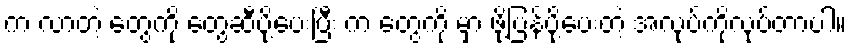
က လာတဲ့ တွေကို တွေဆီပို့ပေးပြီး က တွေကို မှာ ဖို့ပြန်ပို့ပေးတဲ့ အလုပ်ကိုလုပ်တာပါ။